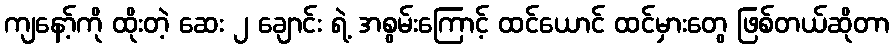
ကျနော့်ကို ထိုးတဲ့ ဆေး ၂ ချောင်း ရဲ့ အစွမ်းကြောင့် ထင်ယောင် ထင်မှားတွေ ဖြစ်တယ်ဆိုတာ